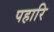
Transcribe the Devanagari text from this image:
पहारि